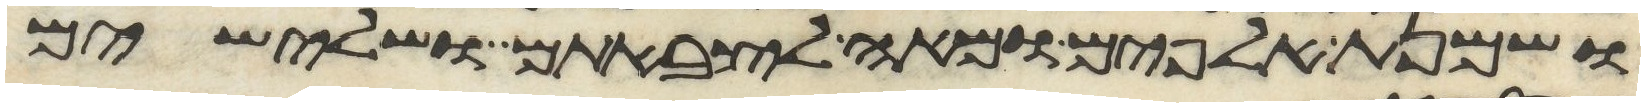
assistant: ושמנת אלפים ומאה לצבאתם ושלישים